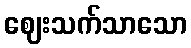
ဈေးသက်သာသော